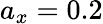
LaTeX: a_{x}=0.2